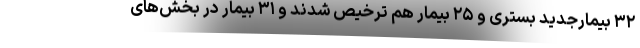
۳۲ بیمارجدید بستری و ۲۵ بیمار هم ترخیص شدند و ۳۱ بیمار در بخش‌های